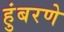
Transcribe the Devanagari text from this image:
हुंबरणे